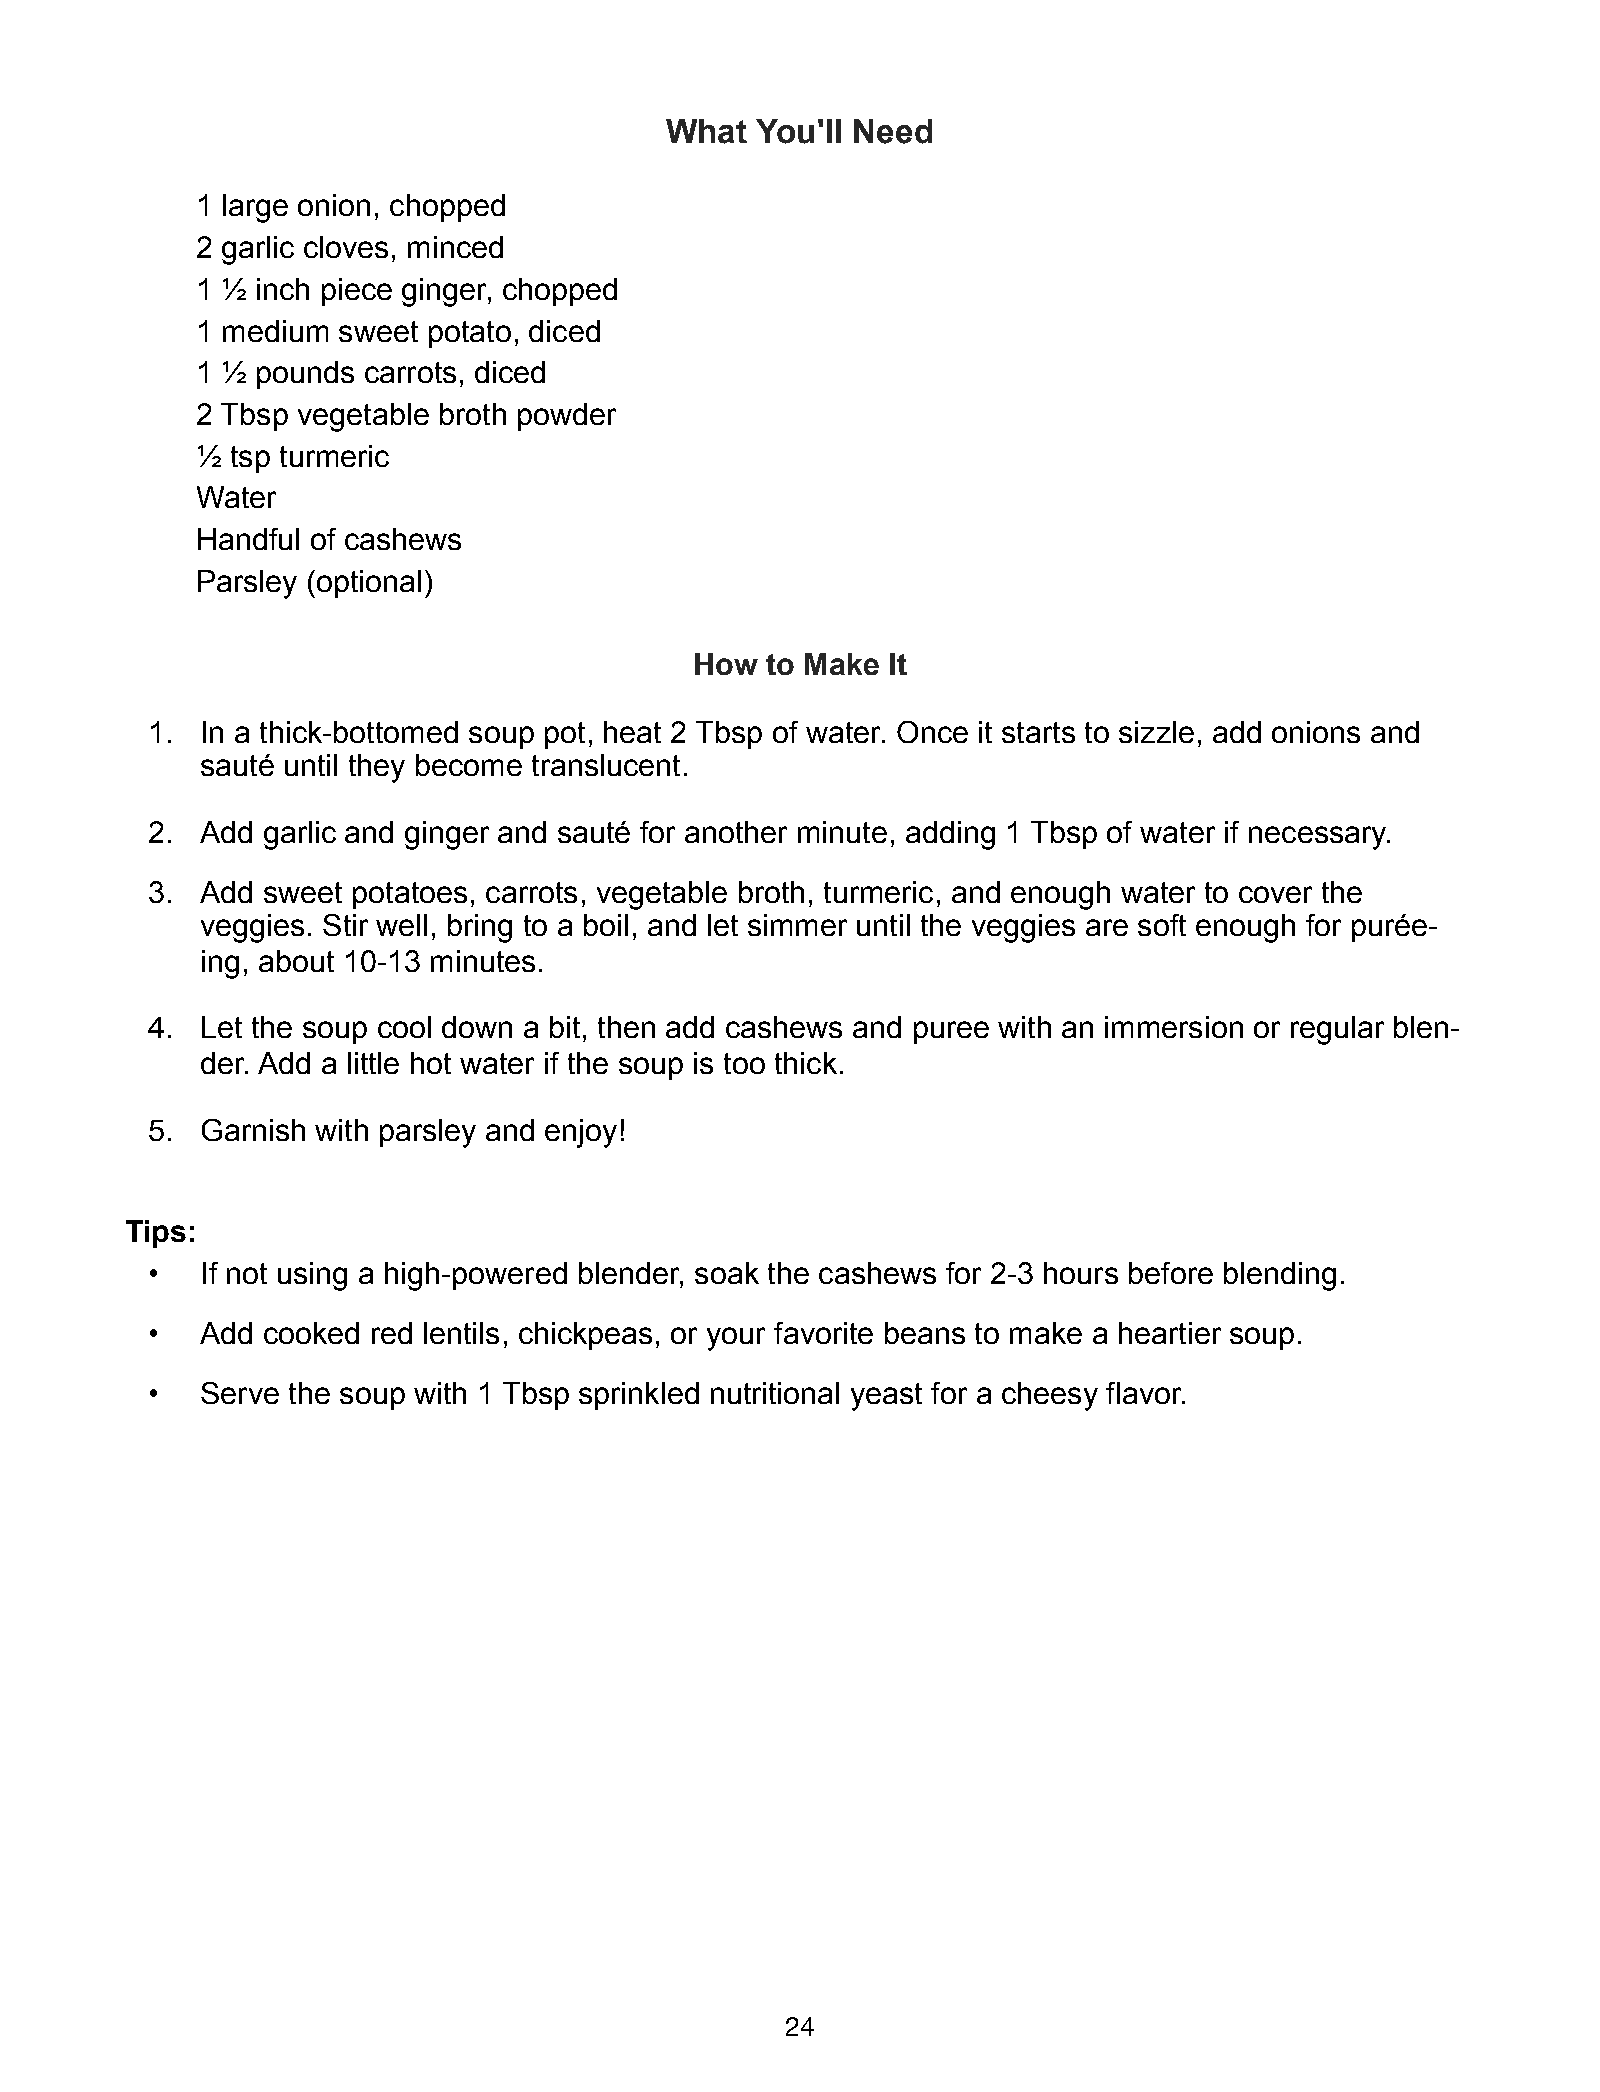
What  You'll Need
 1 large onion, chopped
 2 garlic cloves, minced
 1 ½ inch piece ginger, chopped
 1 medium sweet potato, diced
 1 ½ pounds carrots, diced
 2 Tbsp vegetable broth powder
 ½ tsp turmeric
 Water
 Handful of cashews
 Parsley (optional)
 How  to Make It
 1. In a thick-bottomed soup pot, heat 2 Tbsp of water. Once it starts to sizzle, add onions and
 sauté until they become translucent.
 2. Add garlic and ginger and sauté for another minute, adding 1 Tbsp of water if necessary.
 3. Add sweet potatoes, carrots, vegetable broth, turmeric, and enough water to cover the
 veggies. Stir well, bring to a boil, and let simmer until the veggies are soft enough for purée-
 ing, about 10-13 minutes.
 4. Let the soup cool down a bit, then add cashews and puree with an immersion or regular blen-
 der. Add a little hot water if the soup is too thick.
 5. Garnish with parsley and enjoy!
 Tips:
 •  If not using a high-powered blender, soak the cashews for 2-3 hours before blending.
 •  Add cooked red lentils, chickpeas, or your favorite beans to make a heartier soup.
 •  Serve the soup with 1 Tbsp sprinkled nutritional yeast for a cheesy flavor.
 24